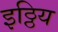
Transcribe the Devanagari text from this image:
इठ्ठिय